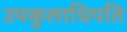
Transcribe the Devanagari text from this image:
उपकुलाधिपति